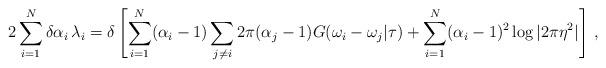
LaTeX: \begin{align*}2 \sum_{i=1}^{N} \delta \alpha_{i} \, \lambda_{i} =\delta \left[ \sum_{i=1}^{N} (\alpha_{i} -1) \sum_{j \neq i} 2\pi(\alpha_{j} -1 )G(\omega_{i} -\omega_{j} | \tau) + \sum_{i=1}^{N} (\alpha_{i} -1)^{2}\log |2\pi \eta^{2} | \right] \, ,\end{align*}